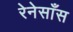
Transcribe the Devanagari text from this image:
रेनेसाँस